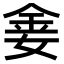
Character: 𫒈